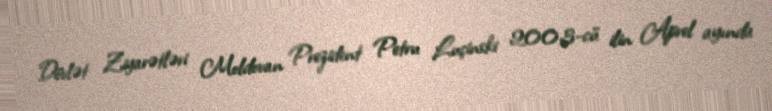
Dövlət Ziyarətləri Moldovan Prezident Petru Luçinski 2003-cü ilin Aprel ayında